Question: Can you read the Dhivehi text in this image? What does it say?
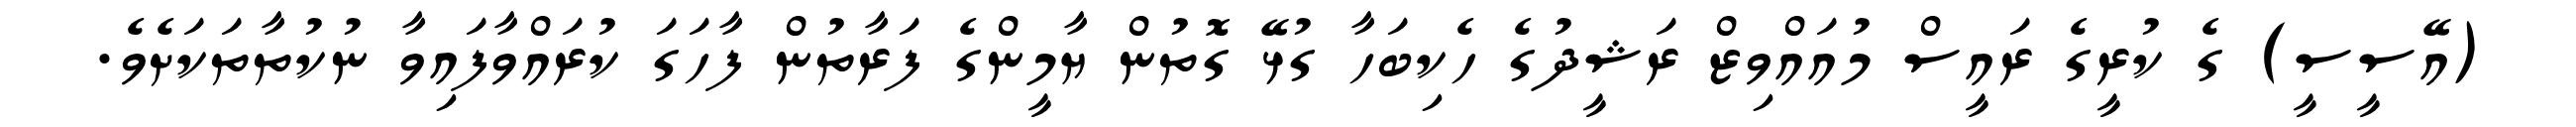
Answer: (އޭސީސީ) ގެ ކުރީގެ ރައީސް މުއައްވިޒް ރަޝީދުގެ ހެކިބަހާ ގުޅޭ ގޮތުން ޔާމީންގެ ފަރާތުން ފާހަގަ ކުރައްވާފައިވާ ނުކުތާތަކަށެވެ.